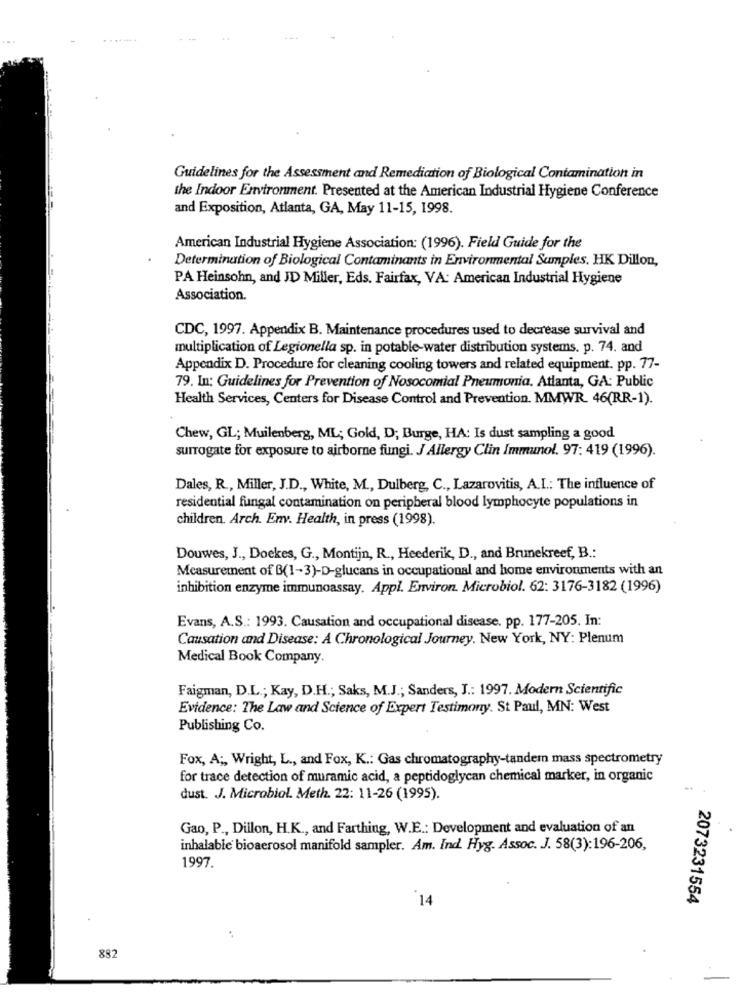
Guidelines for the Assessment and Remediation of Biological Contamination in
the Indoor Environment. Presented at the American Industrial Hygiene Conference
and Exposition, Atlanta, GA, May 11-15, 1998.
American Industrial Hygiene Association: (1996). Field Guide for the
Determination of Biological Contaminants in Environmental Samples. HK Dillon,
PA Heinsohn, and JD Miller, Eds. Fairfax, VA: American Industrial Hygiene
Association.
CDC, 1997. Appendix B. Maintenance procedures used to decrease survival and
multiplication of Legionella sp. in potable-water distribution systems. p. 74. and
Appendix D. Procedure for cleaning cooling towers and related equipment. pp. 77-
79. In: Guidelines for Prevention of Nosocomial Pneumonia. Atlanta, GA: Public
Health Services, Centers for Disease Control and Prevention. MMWR. 46(RR-1).
Chew, GL; Muilenberg, ML; Gold, D; Burge, HA: Is dust sampling a good
surrogate for exposure to airborne fungi. J Allergy Clin Immunol. 97: 419 (1996).
Dales, R ., Miller, J.D ., White, M ., Dulberg, C ., Lazarovitis, A.I .: The influence of
residential fungal contamination on peripheral blood lymphocyte populations in
children. Arch. Env. Health, in press (1998).
Douwes, J ., Doekes, G ., Montijn, R ., Heederik, D ., and Brunekreef, B .:
Measurement of B(1-3)-D-glucans in occupational and home environments with an
inhibition enzyme immunoassay. Appl. Environ. Microbiol. 62: 3176-3182 (1996)
Evans, A.S .: 1993. Causation and occupational disease. pp. 177-205. In:
Causation and Disease: A Chronological Journey. New York, NY: Plenum
Medical Book Company.
Faigman, D.L .; Kay, D.H .; Saks, M.J .; Sanders, J .: 1997. Modern Scientific
Evidence: The Law and Science of Expert Testimony. St Paul, MN: West
Publishing Co.
Fox, A ;, Wright, L ., and Fox, K .: Gas chromatography-tandem mass spectrometry
for trace detection of muramic acid, a peptidoglycan chemical marker, in organic
dust. J. Microbiol. Meth. 22: 11-26 (1995).
Gao, P ., Dillon, H.K ., and Farthing, W.E .: Development and evaluation of an
inhalable bioaerosol manifold sampler. Am. Ind. Hyg. Assoc. J. 58(3):196-206,
1997
14
2073231554
..
882